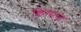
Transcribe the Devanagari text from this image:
किंग्सचा